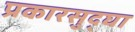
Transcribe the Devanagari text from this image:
प्रकारसुद्घा